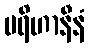
ပရိဟာနီနံ